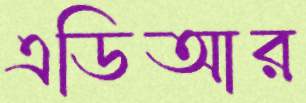
এডিআর